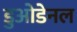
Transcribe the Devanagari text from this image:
डुओडेनल